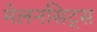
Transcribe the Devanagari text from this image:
मेलनसिट्स